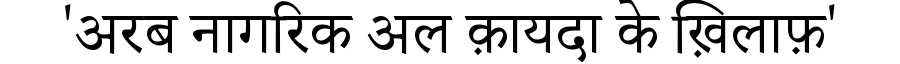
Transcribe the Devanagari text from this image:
'अरब नागरिक अल क़ायदा के ख़िलाफ़'